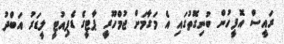
ރައީސް އޮފީހުން ބުނިގޮތުގައި އެ މަގާމަށް ޖުމްހޫރީ ޕާޓީގެ ޑެޕިއުޓީ ލީޑަރު އަބްދު